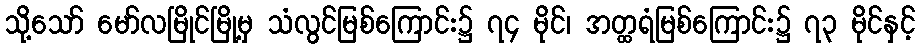
သို့သော် မော်လမြိုင်မြို့မှ သံလွင်မြစ်ကြောင်း၌ ၇၄ မိုင်၊ အတ္ထရံမြစ်ကြောင်း၌ ၇၃ မိုင်နှင့်